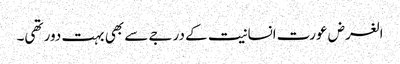
الغرض عورت انسانیت کے درجے سے بھی بہت دور تھی۔